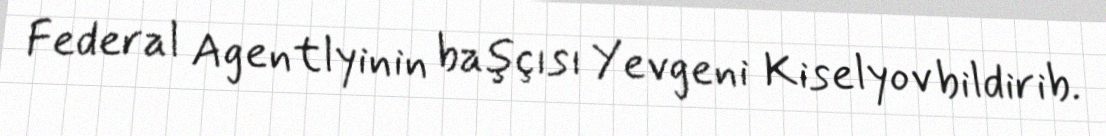
Federal Agentlyinin başçısı Yevgeni Kiselyov bildirib.